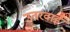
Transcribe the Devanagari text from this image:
उतरवाई